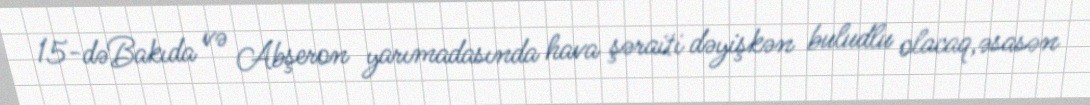
15-dəBakıda və Abşeron yarımadasında hava şəraiti dəyişkən buludlu olacaq,əsasən